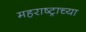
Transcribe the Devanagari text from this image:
महराष्ट्राच्या